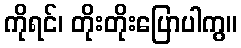
ကိုရင်၊ တိုးတိုးပြောပါကွ။